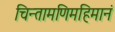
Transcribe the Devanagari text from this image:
चिन्तामणिमहिमानं